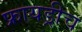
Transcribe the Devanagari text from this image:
फ्रायड्रीच